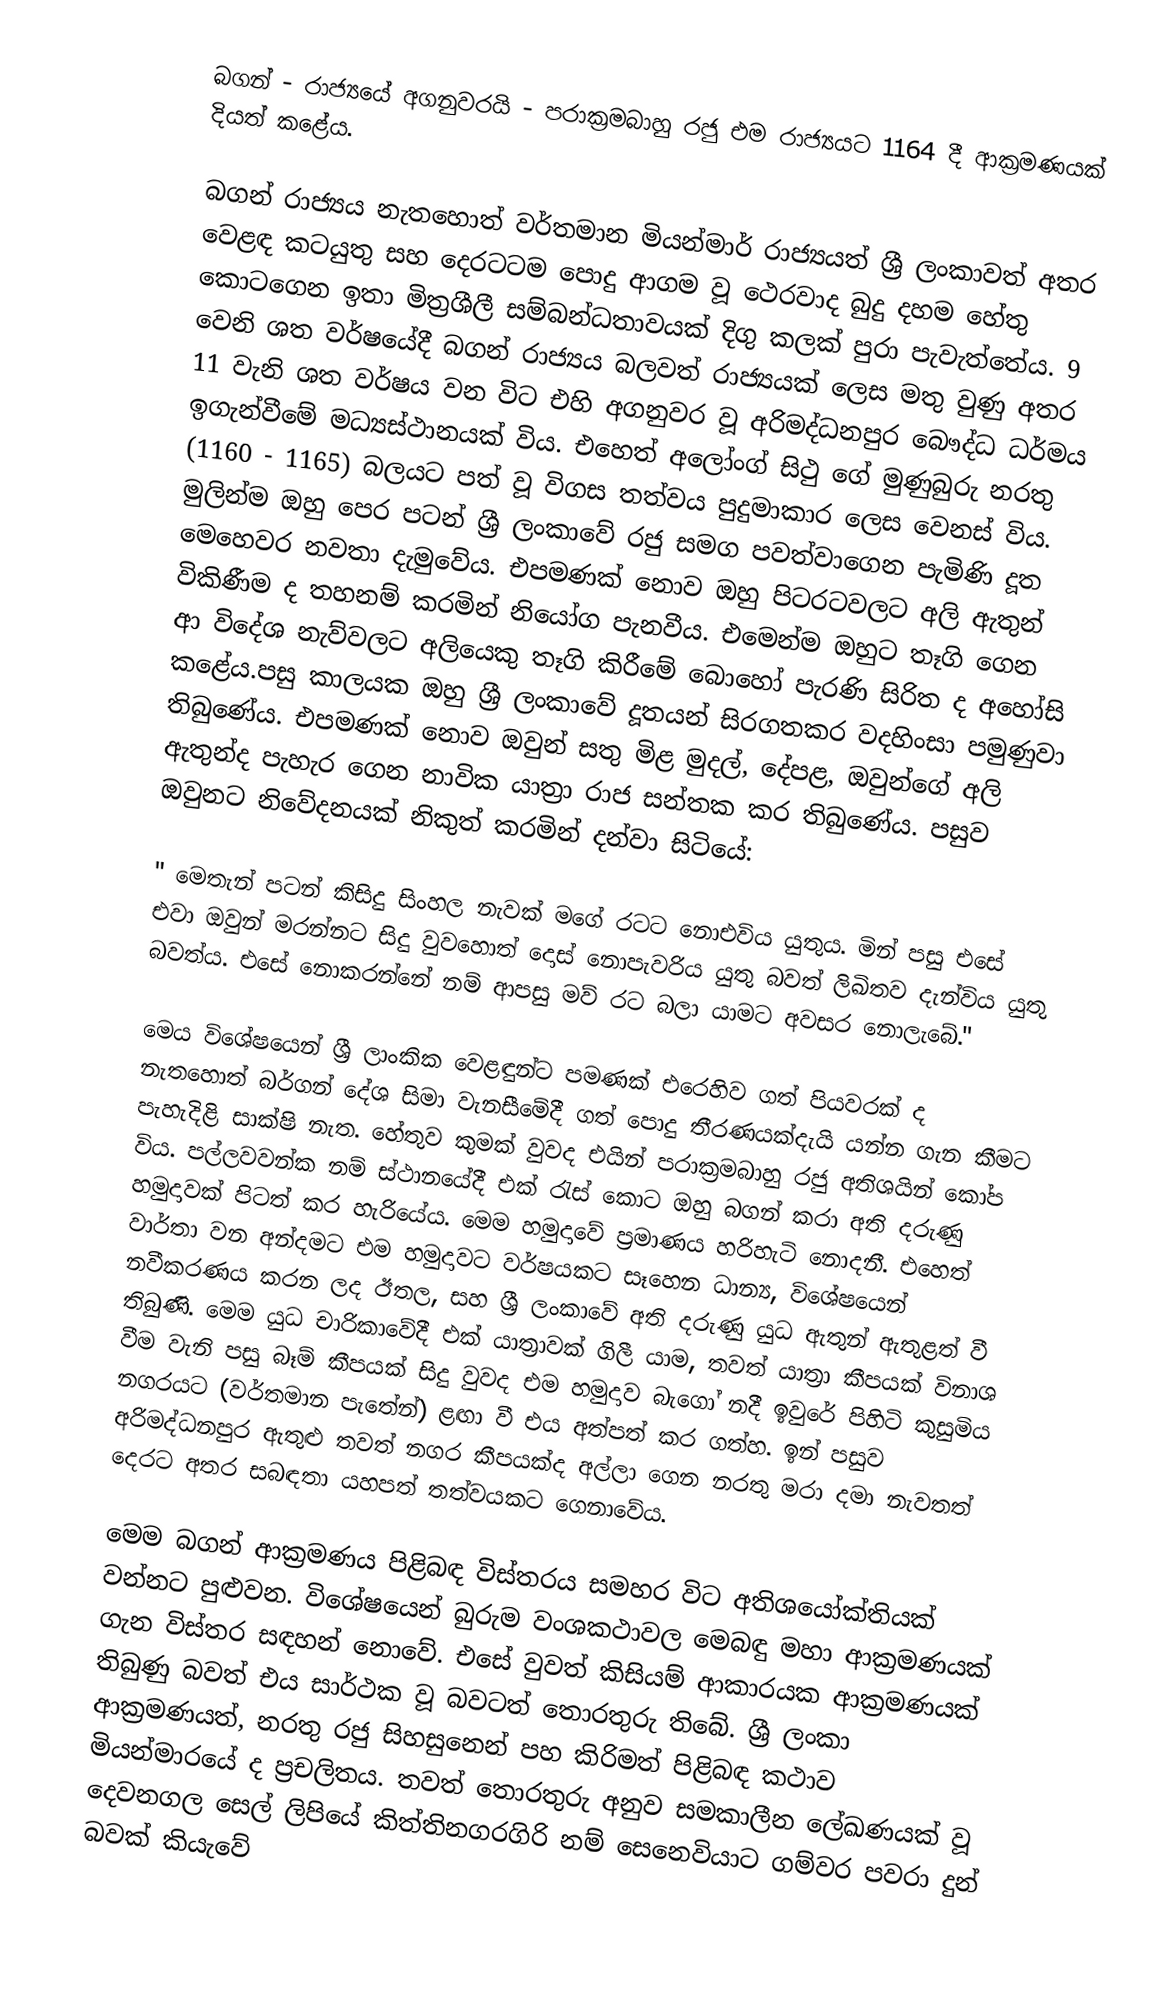
බගන් - රාජ්‍යයේ අගනුවරයි - පරාක්‍රමබාහු රජු එම රාජ්‍යයට 1164 දී ආක්‍රමණයක් දියත් කළේය.

බගන් රාජ්‍යය නැතහොත් වර්තමාන මියන්මාර් රාජ්‍යයත් ශ්‍රී ලංකාවත් අතර වෙළඳ කටයුතු සහ දෙරටටම පොදු ආගම වූ ථෙරවාද බුදු දහම හේතු කො‍ටගෙන ඉතා මිත්‍රශීලී සම්බන්ධතාවයක් දිගු කලක් පුරා පැවැත්තේය. 9 වෙනි ශත වර්ෂයේදී බගන් රාජ්‍යය බලවත් රාජ්‍යයක් ලෙස මතු වුණු අතර 11 වැනි ශත වර්ෂය වන විට එහි අගනුවර වූ අරිමද්ධනපුර බෞද්ධ ධර්මය ඉගැන්වීමේ මධ්‍යස්ථානයක් විය.	එහෙත් අලෝංග් සිථු ගේ මුණුබුරු නරතු (1160 - 1165) බලයට පත් වූ විගස තත්වය පුදුමාකාර ලෙස වෙනස් විය. මුලින්ම ඔහු පෙර පටන් ශ්‍රී ලංකාවේ රජු සමග පවත්වාගෙන පැමිණි දූත මෙහෙවර නවතා දැමුවේය. එපමණක් නොව ඔහු පිටරටවලට අලි ඇතුන් විකිණීම ද තහනම් කරමින් නියෝග පැනවීය. එමෙන්ම ඔහුට තෑගි ගෙන ආ විදේශ නැව්වලට අලියෙකු තෑගි කිරීමේ බොහෝ පැරණි සිරිත ද අහෝසි කළේය.පසු කාලයක ඔහු  ශ්‍රී ලංකාවේ දූතයන් සිරගතකර වදහිංසා පමුණුවා තිබුණේය. එපමණක් නොව ඔවුන් සතු මිළ මුදල්, දේපළ, ඔවුන්ගේ අලි ඇතුන්ද පැහැර ගෙන නාවික යාත්‍රා රාජ සන්තක කර තිබුණේය. පසුව ඔවුනට නිවේදනයක් නිකුත් කරමින් දන්වා සිටියේ:

	" මෙතැන් පටන් කිසිදු සිංහල නැවක් මගේ රටට නොඑවිය යුතුය. මින් පසු එසේ එවා ඔවුන් මරන්නට සිදු වුව‍හොත්  දොස් නොපැවරිය යුතු බවත් ලිඛිතව දැන්විය යුතු බවත්ය. එසේ නොකරන්නේ නම් ආපසු මව් රට බලා යාමට අවසර නොලැබේ."

මෙය විශේෂයෙන් ශ්‍රී ලාංකික වෙළඳුන්ට පමණක් එරෙහිව ගත් පියවරක් ද නැතහොත් බර්ගන් දේශ සිමා වැනසීමේදී ගත් පොදු තීරණයක්දැයි යන්න ගැන කීමට පැහැදිළි සාක්ෂි නැත. හේතුව කුමක් වුවද එයින් පරාක්‍රමබාහු රජු අතිශයින් කෝප විය. පල්ලවවන්ක නම් ස්ථානයේදී  එක් රැස් කොට ඔහු බගන් කරා අති දරුණු හමුදාවක් පිටත් කර හැ‍රියේය. මෙම හමුදාවේ ප්‍රමාණය හරිහැටි නොදනී. එහෙත් වාර්තා වන අන්දමට එම හමුදාවට වර්ෂයකට සෑහෙන ධාන්‍ය, විශේෂයෙන් නවීකරණය කරන ලද ඊතල, සහ ශ්‍රී ලංකාවේ අති දරුණු යුධ ඇතුන් ඇතුළත් වී තිබුණි. මෙම යුධ චාරිකාවේදී එක් යාත්‍රාවක් ගිලී යාම, තවත් යාත්‍රා කීපයක් විනාශ වීම වැනි පසු බෑම් කීපයක් සිදු වුවද එම හමුදාව බැගෝ නදී ඉවුරේ පිහිටි කුසුමිය නගරයට (වර්තමාන පැතේන්) ළඟා වී එය අත්පත් කර ගත්හ. ඉන් පසුව අරිමද්ධනපුර ඇතුළු තවත් නගර කීපයක්ද අල්ලා ගෙන නරතු මරා දමා නැවතත් දෙරට අතර සබඳතා යහපත් තත්වයකට ගෙනාවේය.

මෙම බගන් ආක්‍රමණය පිළිබඳ විස්තරය සමහර විට අතිශයෝක්තියක් වන්න‍ට පුළුවන. විශේෂයෙන් බුරුම වංශකථාවල මෙබඳු මහා ආක්‍රමණයක් ගැන විස්තර සඳහන් නොවේ. එසේ වුවත් කිසියම් ආකාරයක ආක්‍රමණයක් තිබුණු බවත් එය සාර්ථක වූ බවටත් තොරතුරු තිබේ. ශ්‍රී ලංකා ආක්‍රමණයත්, නරතු රජු සිහසුනෙන් පහ කිරිමත් පිළිබඳ කථාව මියන්මාරයේ ද ප්‍රචලිතය. තවත් තොරතුරු අනුව සමකාලීන ලේඛණයක් වූ දෙවනගල සෙල් ලිපියේ කිත්තිනගරගිරි නම් සෙනෙවියාට ගම්වර පවරා දුන් බවක් කියැවේ